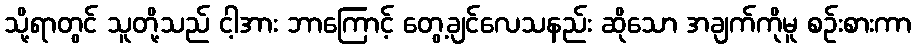
သို့ရာတွင် သူတို့သည် ငါ့အား ဘာကြောင့် တွေ့ချင်လေသနည်း ဆိုသော အချက်ကိုမူ စဉ်းစားကာ